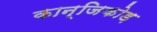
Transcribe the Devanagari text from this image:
कान्जिकोड़